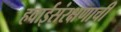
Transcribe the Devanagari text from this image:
हवाईसंरक्षणाची